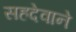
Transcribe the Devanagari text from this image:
सहदेवाने